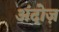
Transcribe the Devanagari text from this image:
अंदोज़